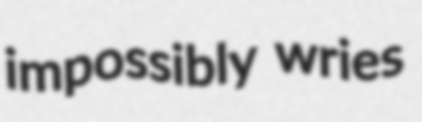
impossibly wries